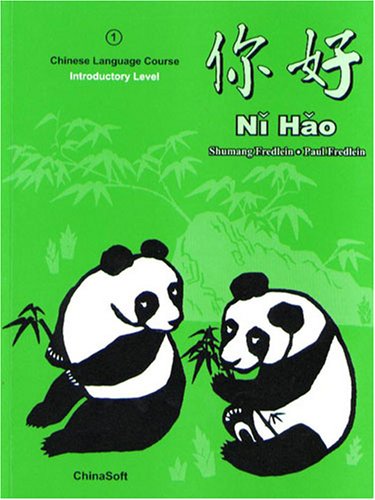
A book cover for Ni Hao Level 1 Textbook (Simplified Character Edition); Shumang Fredlein; Teen & Young Adult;